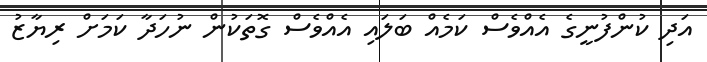
އަދި ކުންފުނީގެ އެއްވެސް ކަމެއް ބަލައި އެއްވެސް ގޮތަކުން ނުހަދާ ކަމަށް ރިޔާޒު